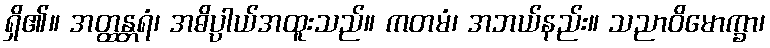
ရှိ၏။ အတ္ထန္တရံ၊ အဓိပ္ပာယ်အထူးသည်။ ကတမံ၊ အဘယ်နည်း။ သညာဝိမောက္ခာ၊